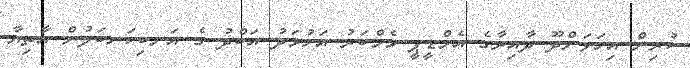
ކުރިން އިހަވަންދޫ ދާއިރާގެ އެމްޑީޕީ މެމްބަރު އަހުމަދު އަބްދު ގެ އަނބިކަނބަލުން އާތިޔާ